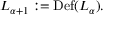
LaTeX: L _ { \alpha + 1 } : = \operatorname { D e f } ( L _ { \alpha } ) .